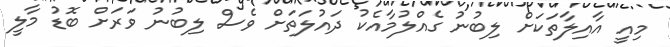
މިއީ އާއިލާތަކަށް ލިބުނު ގެއްލުމާއެކު ދައުލަތަށް ވެސް ލިބުނު ވަރަށް ބޮޑު މާލީ